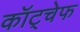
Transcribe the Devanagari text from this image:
कॉट्चेफ